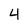
Character: 4